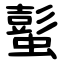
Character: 蟚